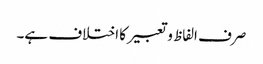
صرف الفاظ و تعبیر کا اختلاف ہے۔